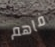
فاهم